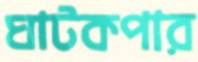
ঘাটকপার